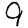
Digit: 9